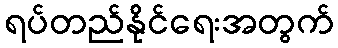
ရပ်တည်နိုင်ရေးအတွက်